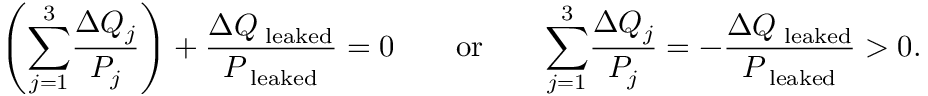
\left( { \sum _ { j = 1 } ^ { 3 } } \frac { \Delta Q _ { j } } { P _ { j } } \right) + \frac { \Delta Q _ { \mathrm { \tiny ~ l e a k e d } } } { P _ { \mathrm { \tiny ~ l e a k e d } } } = 0 \qquad \mathrm { o r } \qquad { \sum _ { j = 1 } ^ { 3 } } \frac { \Delta Q _ { j } } { P _ { j } } = - \frac { \Delta Q _ { \mathrm { \tiny ~ l e a k e d } } } { P _ { \mathrm { \tiny ~ l e a k e d } } } > 0 .